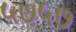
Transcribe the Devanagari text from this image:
५७५७